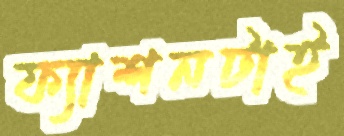
ফ্যাশনটাই